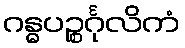
ဂန္ဓပဉ္စင်္ဂုလိကံ